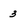
Character: 3